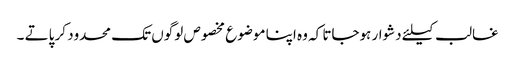
غالب کیلئے دشوار ہوجاتا کہ وہ اپنا موضوع مخصوص لوگوں تک محدود کر پاتے ۔